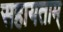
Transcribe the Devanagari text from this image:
सहायताम्